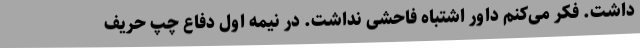
داشت. فکر می‌کنم داور اشتباه فاحشی نداشت. در نیمه اول دفاع چپ حریف